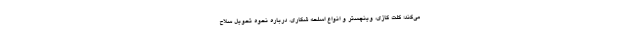
می‌کند؛ کلت گازی، وینچستر و انواع اسلحه شکاری. درباره نحوه تحویل سلاح